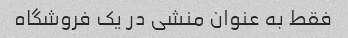
فقط به عنوان منشی در یک فروشگاه